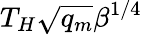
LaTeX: T_{H}\sqrt{q_{m}}\beta^{1/4}